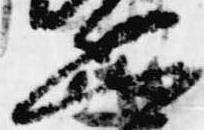
恐